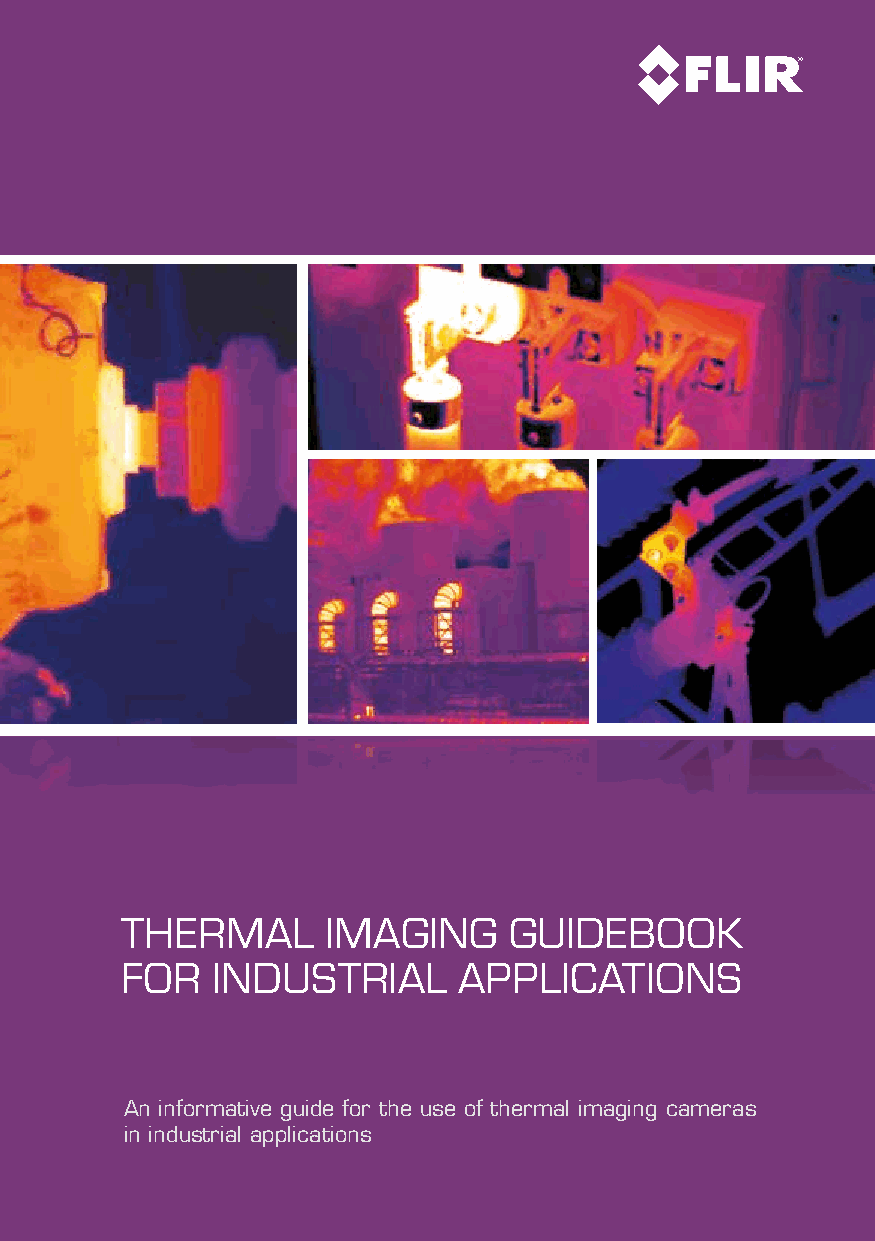
Thermal       imaging     guidebook
 for   indusTrial      applicaTions
 An informative guide for the use of thermal imaging cameras
 in industrial applications
 1